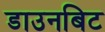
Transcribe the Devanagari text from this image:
डाउनबिट